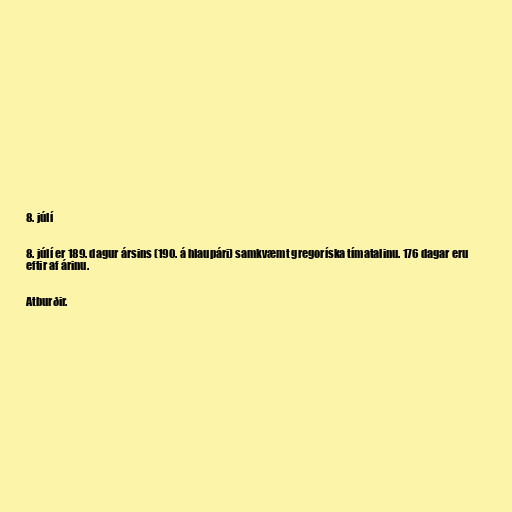
8. júlí

8. júlí er 189. dagur ársins (190. á hlaupári) samkvæmt gregoríska tímatalinu. 176 dagar eru
eftir af árinu.

Atburðir.